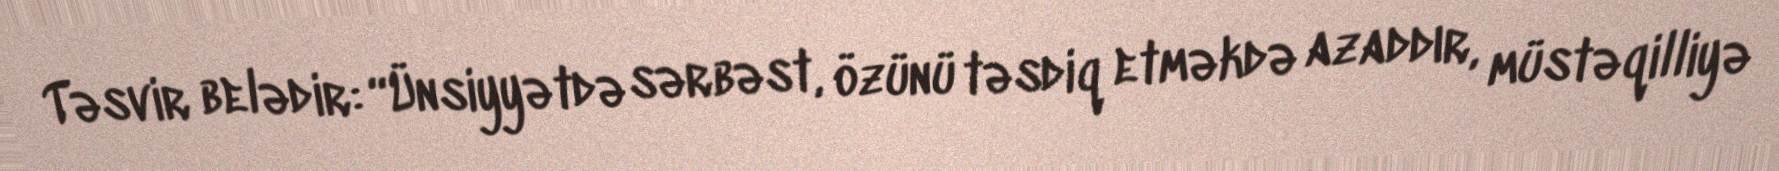
Təsvir belədir: “Ünsiyyətdə sərbəst, özünü təsdiq etməkdə azaddır, müstəqilliyə